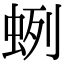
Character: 蛚